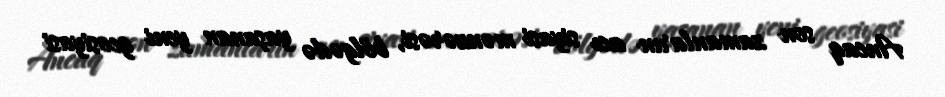
Ancaq son zamanların acı siyasi mənzərəsi, bölgədə yaşanan yeni geosiyasi